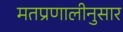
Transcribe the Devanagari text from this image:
मतप्रणालीनुसार